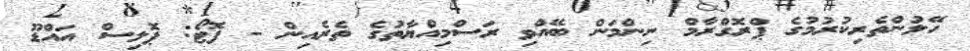
ހޭލުންތެރިކުރުމުގެ ޕްރޮގްރާމް ނިންމަން ބޭއްވި ރަސްމިއްޔާތުގެ ތެރެއިން - ފޮޓޯ: ޕޮލިސް އައްޑޫ